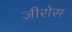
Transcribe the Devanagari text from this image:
ज़ीरोस